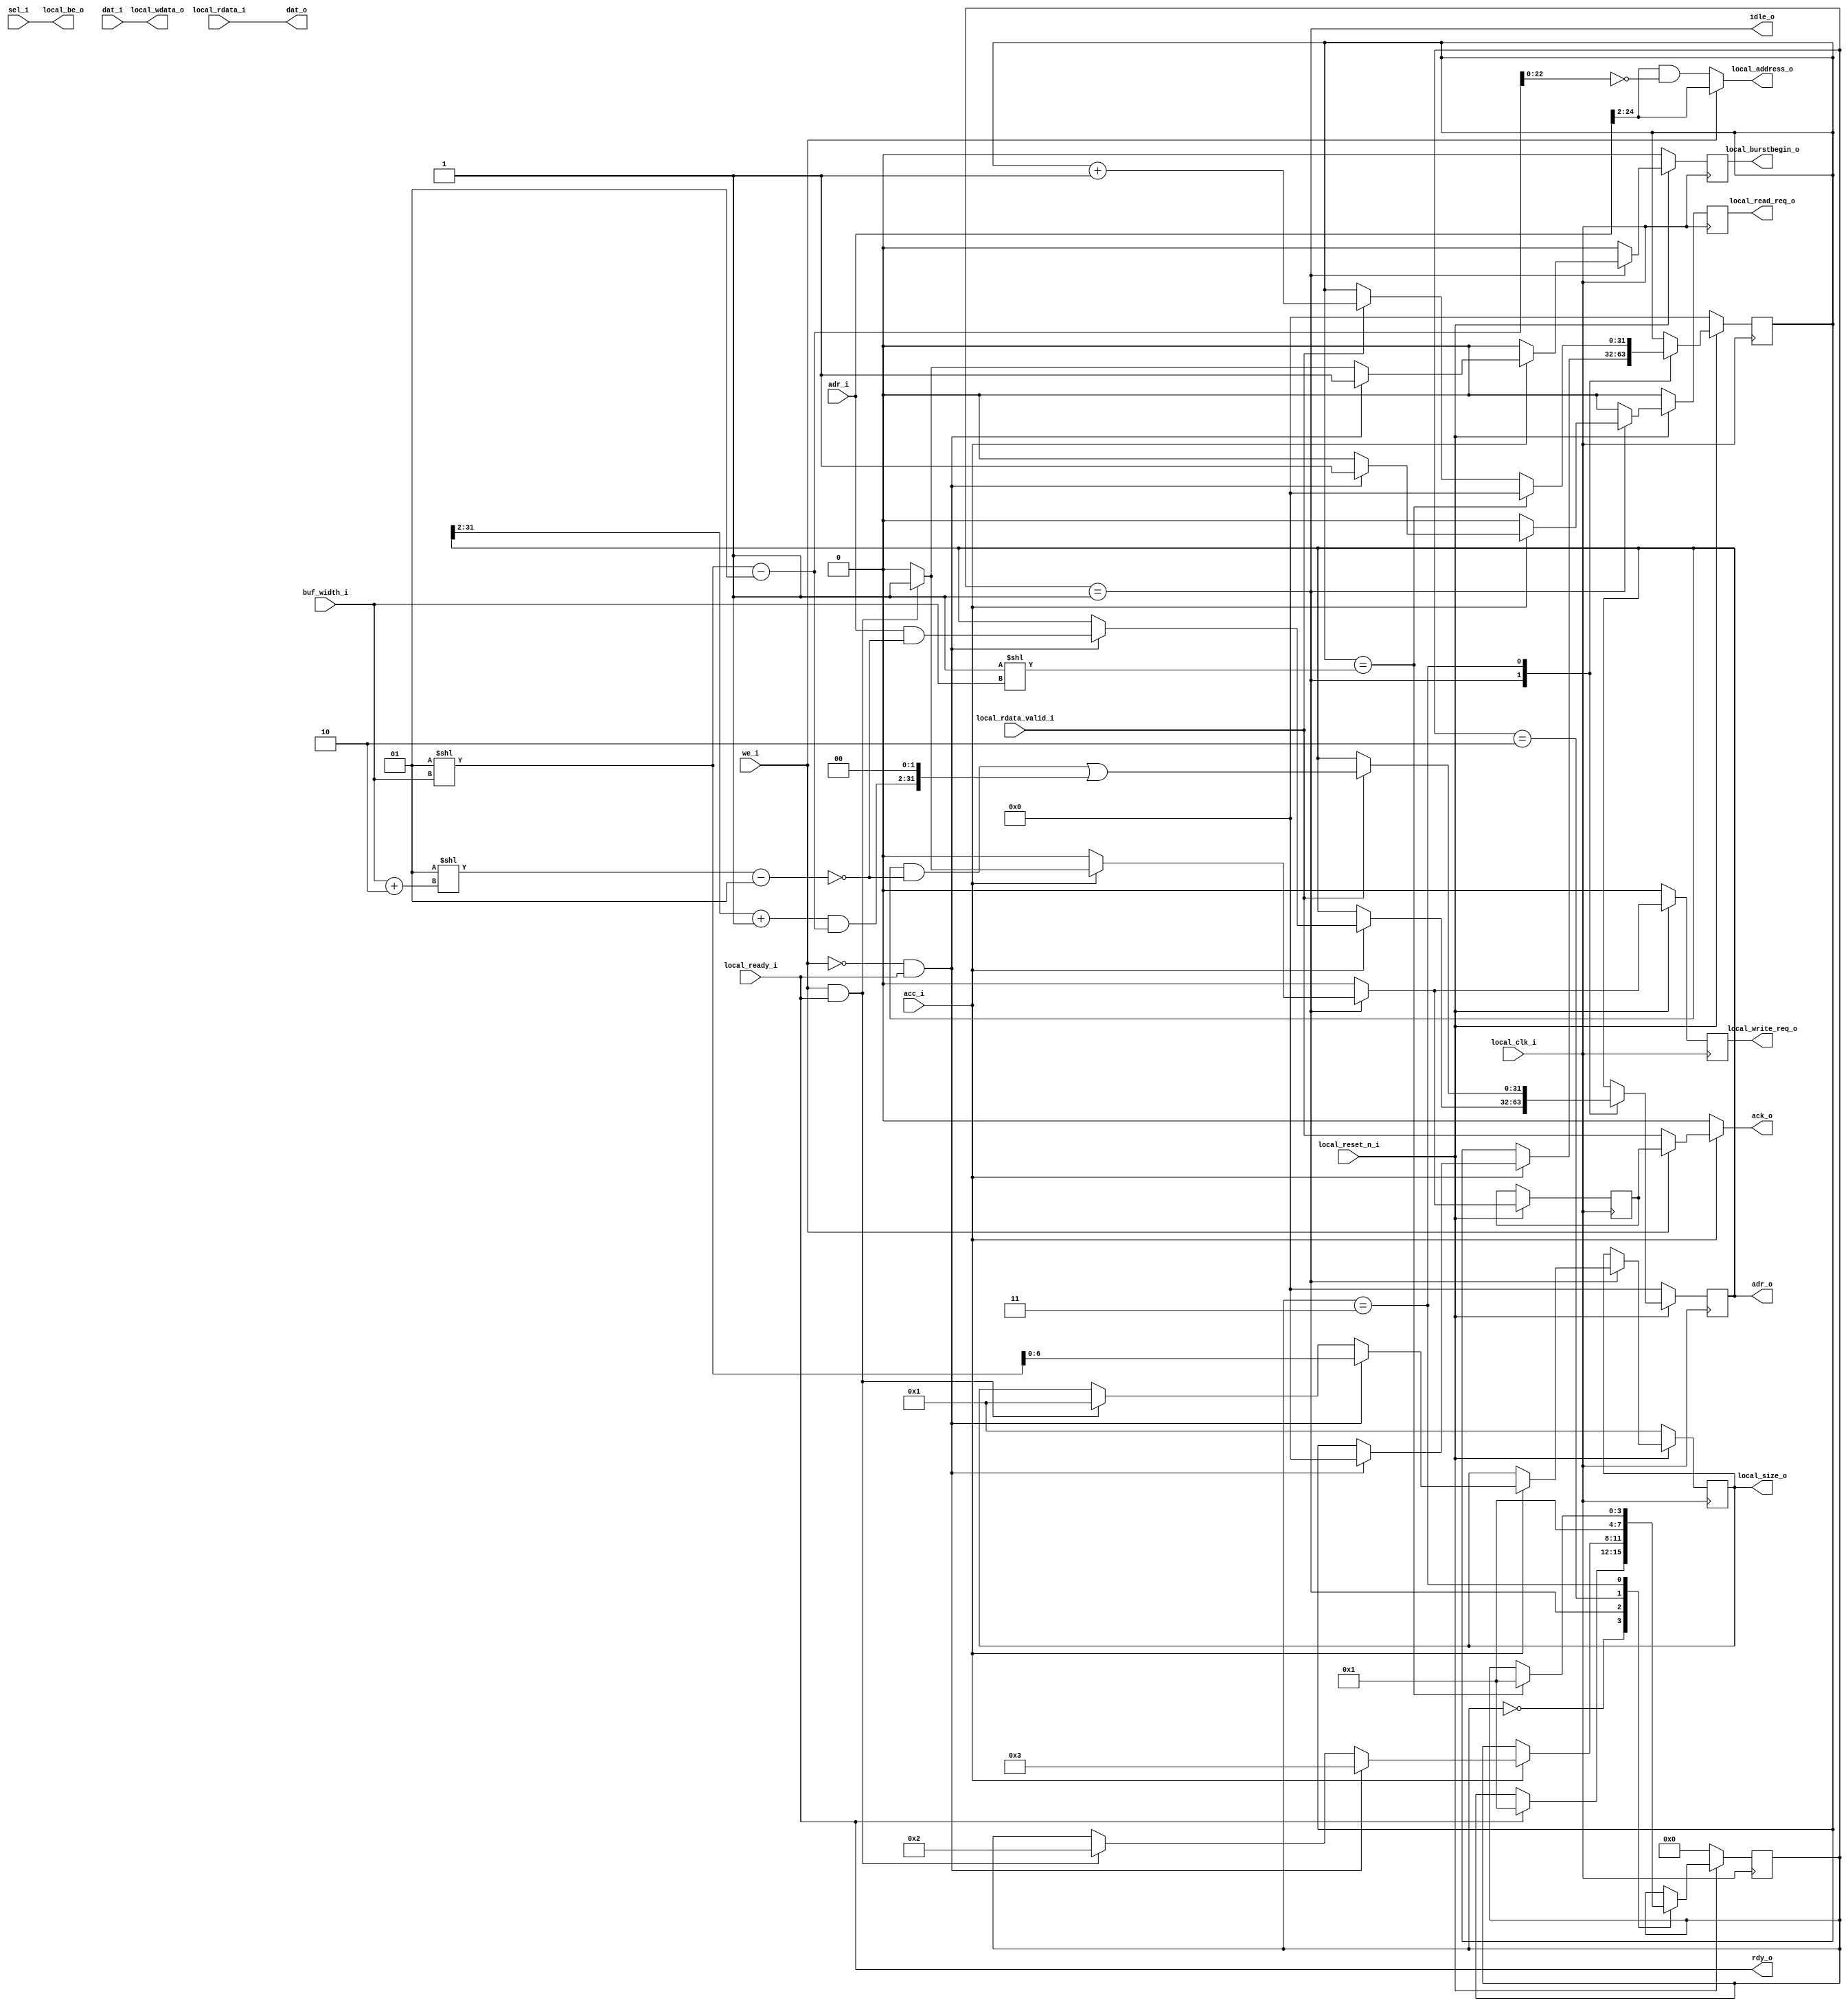
module ddr_ctrl_wrapper #(
	parameter ADDR_WIDTH	= 25	// Memory size = 2^ADDR_WIDTH = 32MB
)
(
	// Internal interface
	output			rdy_o,
	output			idle_o,
	input  [31:0]		adr_i,
	output [31:0]		adr_o,
	input  [31:0]		dat_i,
	output [31:0]		dat_o,
	input  [3:0]		sel_i,
	input			acc_i,
	output			ack_o,
	input			we_i,
	input  [3:0]		buf_width_i,

	output [ADDR_WIDTH-3:0]	local_address_o,
	output			local_write_req_o,
	output			local_read_req_o,
	output			local_burstbegin_o,
	output [31:0]		local_wdata_o,
	output [3:0]		local_be_o,
	output [6:0]		local_size_o,
	input  [31:0]		local_rdata_i,
	input			local_rdata_valid_i,
	input			local_reset_n_i,
	input			local_clk_i,
	input			local_ready_i
);

	localparam LOCAL_ADR_WIDTH = ADDR_WIDTH-2;

	function [31:0] get_mask;
	input [3:0] width;
		begin
			get_mask = ((1 << (width)) - 1);
		end
	endfunction

	assign local_be_o	= sel_i;
	assign dat_o		= local_rdata_i;
	assign local_address_o	= we_i ? adr_i[LOCAL_ADR_WIDTH+1:2] : adr_i[LOCAL_ADR_WIDTH+1:2] & ~get_mask(buf_width_i);
	assign local_wdata_o	= dat_i;

	reg [22:0]	local_address;
	reg		local_write_req;
	reg		local_read_req;
	reg		local_burstbegin;
	reg [31:0]	local_wdata;
	reg [6:0]	local_size;

	assign local_write_req_o	= local_write_req;
	assign local_read_req_o		= local_read_req;
	assign local_burstbegin_o	= local_burstbegin;
	assign local_size_o		= local_size;

	reg [3:0]	state;
	reg [31:0]	count;
	reg		ack_w;
	reg [31:0]	adr;

	// FSM states
	localparam [3:0]
		WAIT_READY    = 4'h0,
		IDLE          = 4'h1,
		WRITE         = 4'h2,
		READ          = 4'h3;

	assign rdy_o = local_ready_i;
	assign idle_o = (state == IDLE);
	assign adr_o = adr;

	assign ack_o = acc_i ? (we_i ? ack_w : local_rdata_valid_i) : 1'b0;

	always @(posedge local_clk_i) begin
		if (local_reset_n_i == 1'b0) begin
			local_write_req		<= 1'b0;
			local_read_req		<= 1'b0;
			local_burstbegin	<= 1'b0;
			local_size		<= 6'b1;
			count			<= 0;
			adr			<= 32'b0;
			state			<= WAIT_READY;
		end else begin

			ack_w			<= 1'b0;
			local_burstbegin	<= 1'b0;
			local_write_req		<= 1'b0;
			local_burstbegin	<= 1'b0;
			local_read_req		<= 1'b0;

			case (state)

			WAIT_READY: begin
				if (local_ready_i)
					state <= IDLE;
			end

			IDLE: begin
				if (acc_i) begin
					if (we_i & local_ready_i) begin
						ack_w			<= 1'b1;
						local_burstbegin	<= 1'b1;
						local_write_req		<= 1'b1;
						local_size		<= 1;
						state			<= WRITE;
					end
					if (!we_i & local_ready_i) begin
						local_burstbegin	<= 1'b1;
						local_read_req		<= 1'b1;
						state			<= READ;
						local_size		<= (1<<buf_width_i);
						adr			<= adr_i & ~get_mask(buf_width_i+2);
						count			<= 0;
					end
				end
			end

			WRITE : begin
				state <= IDLE;
			end

			READ : begin
				if (local_rdata_valid_i) begin
					count <= count + 1'b1;
					adr <= (adr & ~get_mask(buf_width_i+2)) | ((((adr >> 2) + 1) & get_mask(buf_width_i)) << 2);
				end

				if (count == (1<<buf_width_i)) begin
					count <= 0;
					state <= IDLE;
				end
			end


			endcase
		end
	end

endmodule